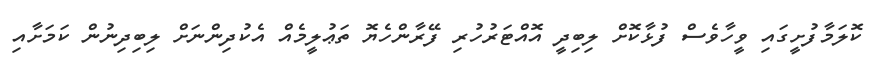
ކޮލަމާފުށީގައި ވީހާވެސް ފުޅާކޮށް ލިބިދީ އޮއްޓަރުހުރި ފޭރާންހެޔޮ ތަޢުލީމެއް އެކުދިންނަށް ލިބިދިނުން ކަމަށާއި